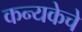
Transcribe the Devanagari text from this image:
कन्यकेचे